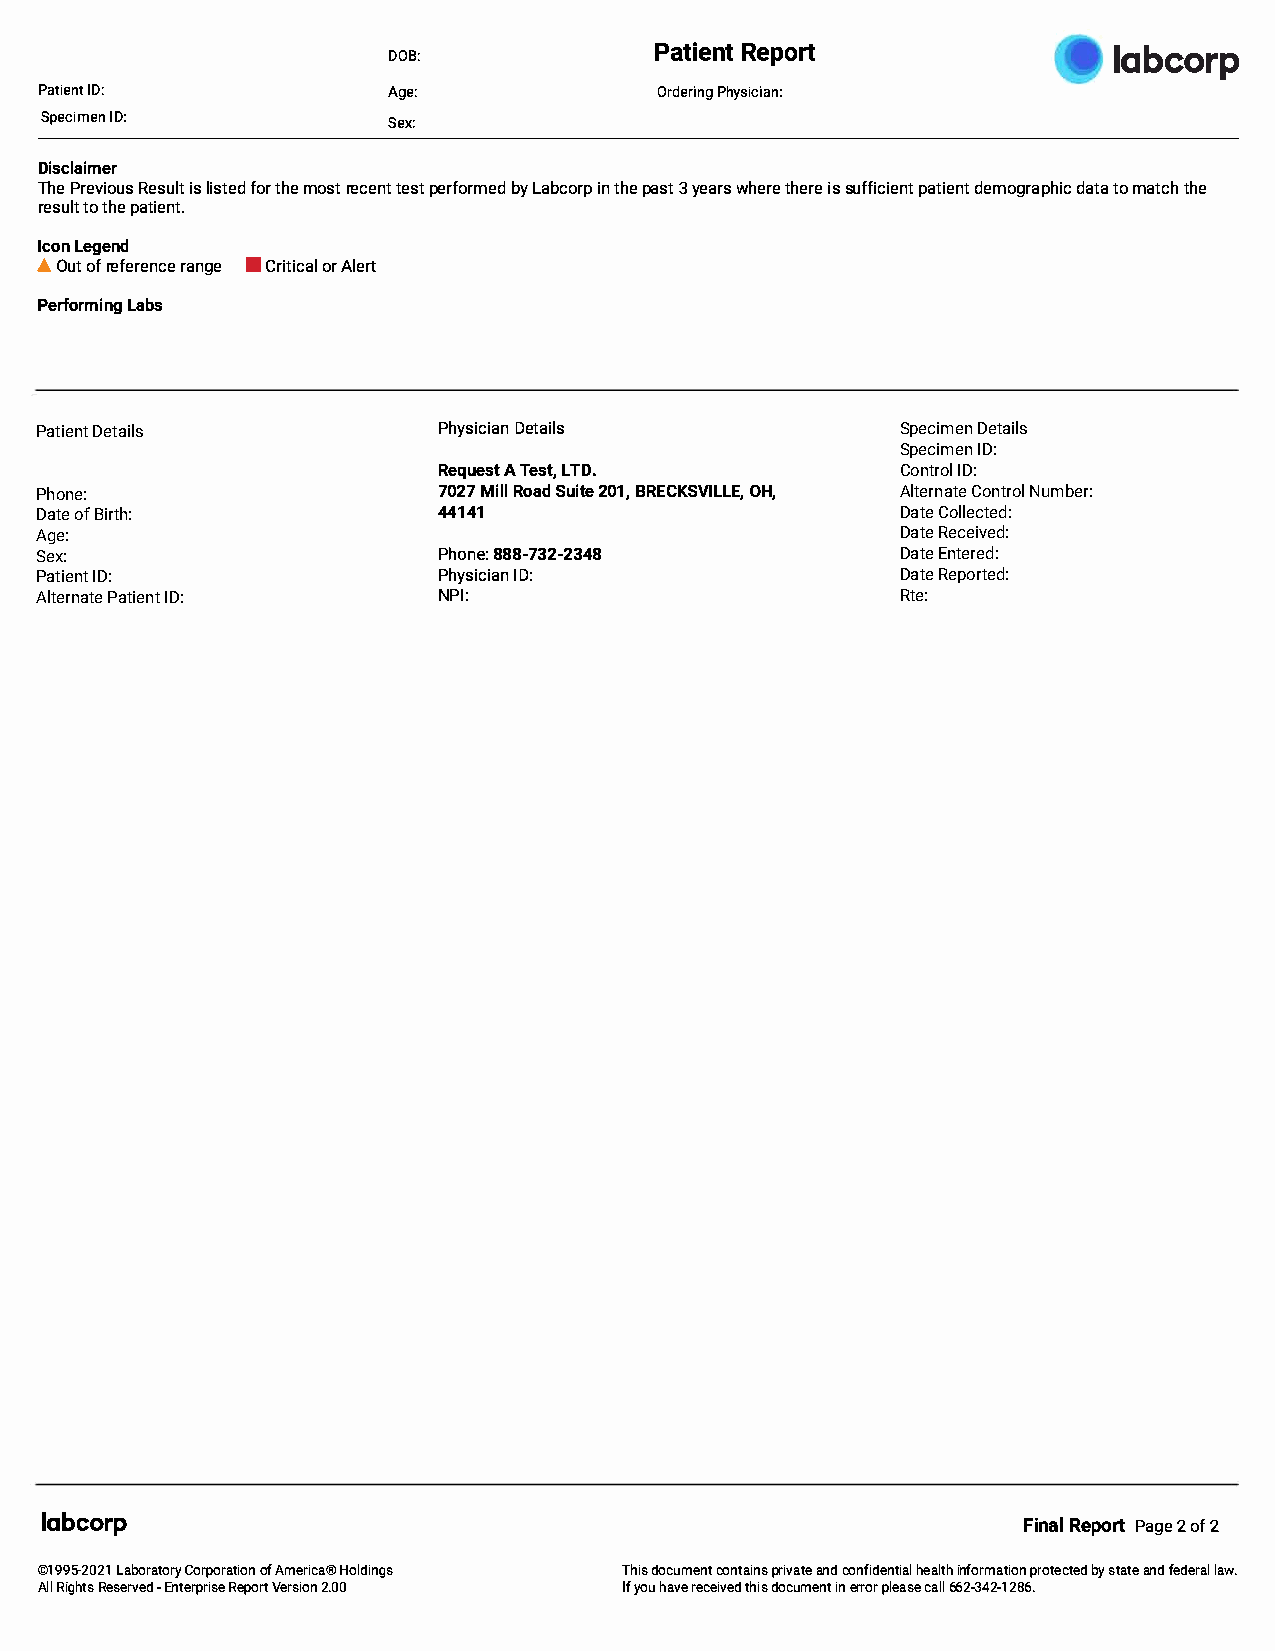
PaiteRnetp  ort
 DOB:                                            labcorp
 PatiIeDn:t             Age:              OrdePrhiynsgi cian:
 SpecimIeDn:
 Sex:
 Disclaimer
 ThPer eviRoeussiu lsl its ftoetrdh m eo srte cetneptse tr fobrymL eadb ciontr hppe a s3ty eawrhse trhee irsseu ffipcaiteidneetnm to gradpahttiaomc a tcthh e
 restuotl htpe a tient.
 IcoLne gend
 •Ouotfr eferreanncge■e C ritoirAc laelrt
 PerforLmaibnsg
 Patient Details            PhysiDcetiaainl s              Specimen Details
 Specimen ID:
 RequAeT sets LtT,D .           Control ID:
 Phone:                     702M7i Rlola Sduit e2 01B,R ECKSVOIHL, LE, Alternate Control Number:
 Date of Birth:             44141                          Date Collected:
 Age:                                                      Date Received:
 Sex:                       Phone:888-732-2348             Date Entered:
 Patient ID:                PhysiIcDi:a n                  Date Reported:
 Alternate Patient ID:      NPI:                           Rte:
 labcorp                                                          FinRaelp oPrtag e2 o f2
 ©1995-L2a0b2o1r Caotroproyro afAt mieorniH coal®d ings Thdiosc umceonntt pariinvasan ctdo en fidheenaitlnitfahol r mpartoitoebncys t teaadtn efd e delraawl.
 AlRli gRhetsse r-Evnetde rRperpiVoserert s 2i.o0n0 Iyfo hua vree cetihvdieosdc umieennr trp olre caas6le6l 2 -342-1286.